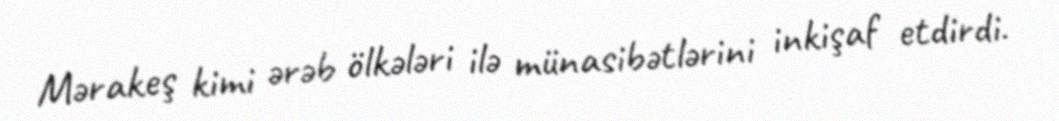
Mərakeş kimi ərəb ölkələri ilə münasibətlərini inkişaf etdirdi.